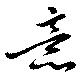
意